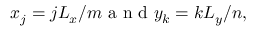
x _ { j } = j L _ { x } / m \mathrm { ~ a ~ n ~ d ~ } y _ { k } = k L _ { y } / n ,